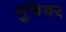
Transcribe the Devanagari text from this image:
गुंफेवर